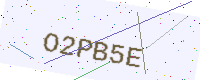
Text: O2PB5E